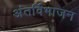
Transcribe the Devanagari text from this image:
अंतर्विभाजन